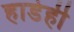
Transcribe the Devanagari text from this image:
हाडेही